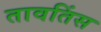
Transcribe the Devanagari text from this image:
तावतिंस